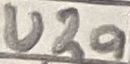
Text: U2a